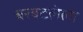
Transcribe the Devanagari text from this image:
बरबटलेला